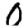
Digit: 0